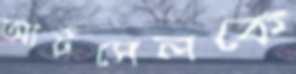
আর্টসেলকে